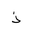
Letter: _thal